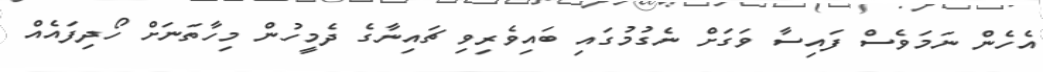
އެހެން ނަމަވެސް ފައިސާ ވަގަށް ނެގުމުގައި ބައިވެރިވި ޗައިނާގެ ދެމީހުން މިހާތަނަށް ހޯދިފައެއް